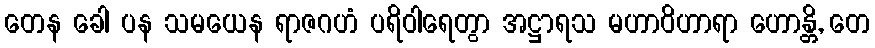
တေန ခေါ ပန သမယေန ရာဇဂဟံ ပရိဝါရေတွာ အဋ္ဌာရသ မဟာဝိဟာရာ ဟောန္တိ, တေ